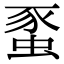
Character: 𧋠